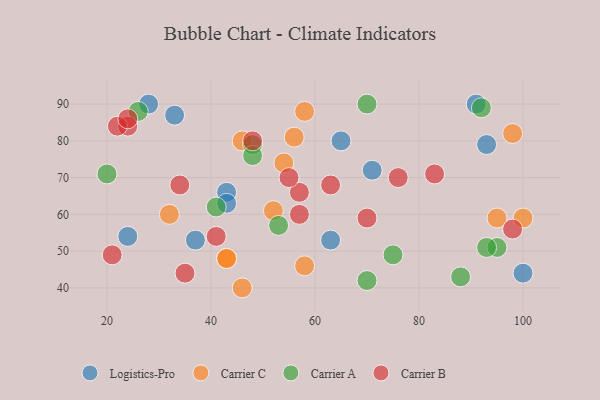
{"axis": {"x": "GDP", "y": "Life Expectancy"}, "legend": ["Carrier A", "Carrier B", "Carrier C", "Logistics-Pro"], "data": [{"x": "65", "y": 80, "type": "Logistics-Pro"}, {"x": "43", "y": 66, "type": "Logistics-Pro"}, {"x": "28", "y": 90, "type": "Logistics-Pro"}, {"x": "93", "y": 79, "type": "Logistics-Pro"}, {"x": "91", "y": 90, "type": "Logistics-Pro"}, {"x": "100", "y": 44, "type": "Logistics-Pro"}, {"x": "24", "y": 54, "type": "Logistics-Pro"}, {"x": "33", "y": 87, "type": "Logistics-Pro"}, {"x": "37", "y": 53, "type": "Logistics-Pro"}, {"x": "63", "y": 53, "type": "Logistics-Pro"}, {"x": "43", "y": 63, "type": "Logistics-Pro"}, {"x": "71", "y": 72, "type": "Logistics-Pro"}, {"x": "52", "y": 61, "type": "Carrier C"}, {"x": "58", "y": 46, "type": "Carrier C"}, {"x": "98", "y": 82, "type": "Carrier C"}, {"x": "100", "y": 59, "type": "Carrier C"}, {"x": "43", "y": 48, "type": "Carrier C"}, {"x": "46", "y": 40, "type": "Carrier C"}, {"x": "43", "y": 48, "type": "Carrier C"}, {"x": "32", "y": 60, "type": "Carrier C"}, {"x": "95", "y": 59, "type": "Carrier C"}, {"x": "54", "y": 74, "type": "Carrier C"}, {"x": "56", "y": 81, "type": "Carrier C"}, {"x": "46", "y": 80, "type": "Carrier C"}, {"x": "58", "y": 88, "type": "Carrier C"}, {"x": "53", "y": 57, "type": "Carrier A"}, {"x": "70", "y": 90, "type": "Carrier A"}, {"x": "48", "y": 79, "type": "Carrier A"}, {"x": "75", "y": 49, "type": "Carrier A"}, {"x": "41", "y": 62, "type": "Carrier A"}, {"x": "48", "y": 76, "type": "Carrier A"}, {"x": "95", "y": 51, "type": "Carrier A"}, {"x": "20", "y": 71, "type": "Carrier A"}, {"x": "26", "y": 88, "type": "Carrier A"}, {"x": "93", "y": 51, "type": "Carrier A"}, {"x": "92", "y": 89, "type": "Carrier A"}, {"x": "88", "y": 43, "type": "Carrier A"}, {"x": "70", "y": 42, "type": "Carrier A"}, {"x": "24", "y": 84, "type": "Carrier B"}, {"x": "22", "y": 84, "type": "Carrier B"}, {"x": "48", "y": 80, "type": "Carrier B"}, {"x": "35", "y": 44, "type": "Carrier B"}, {"x": "57", "y": 66, "type": "Carrier B"}, {"x": "34", "y": 68, "type": "Carrier B"}, {"x": "63", "y": 68, "type": "Carrier B"}, {"x": "41", "y": 54, "type": "Carrier B"}, {"x": "83", "y": 71, "type": "Carrier B"}, {"x": "98", "y": 56, "type": "Carrier B"}, {"x": "76", "y": 70, "type": "Carrier B"}, {"x": "24", "y": 86, "type": "Carrier B"}, {"x": "57", "y": 60, "type": "Carrier B"}, {"x": "55", "y": 70, "type": "Carrier B"}, {"x": "21", "y": 49, "type": "Carrier B"}, {"x": "70", "y": 59, "type": "Carrier B"}]}